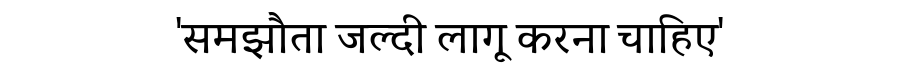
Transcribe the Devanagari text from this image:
'समझौता जल्दी लागू करना चाहिए'